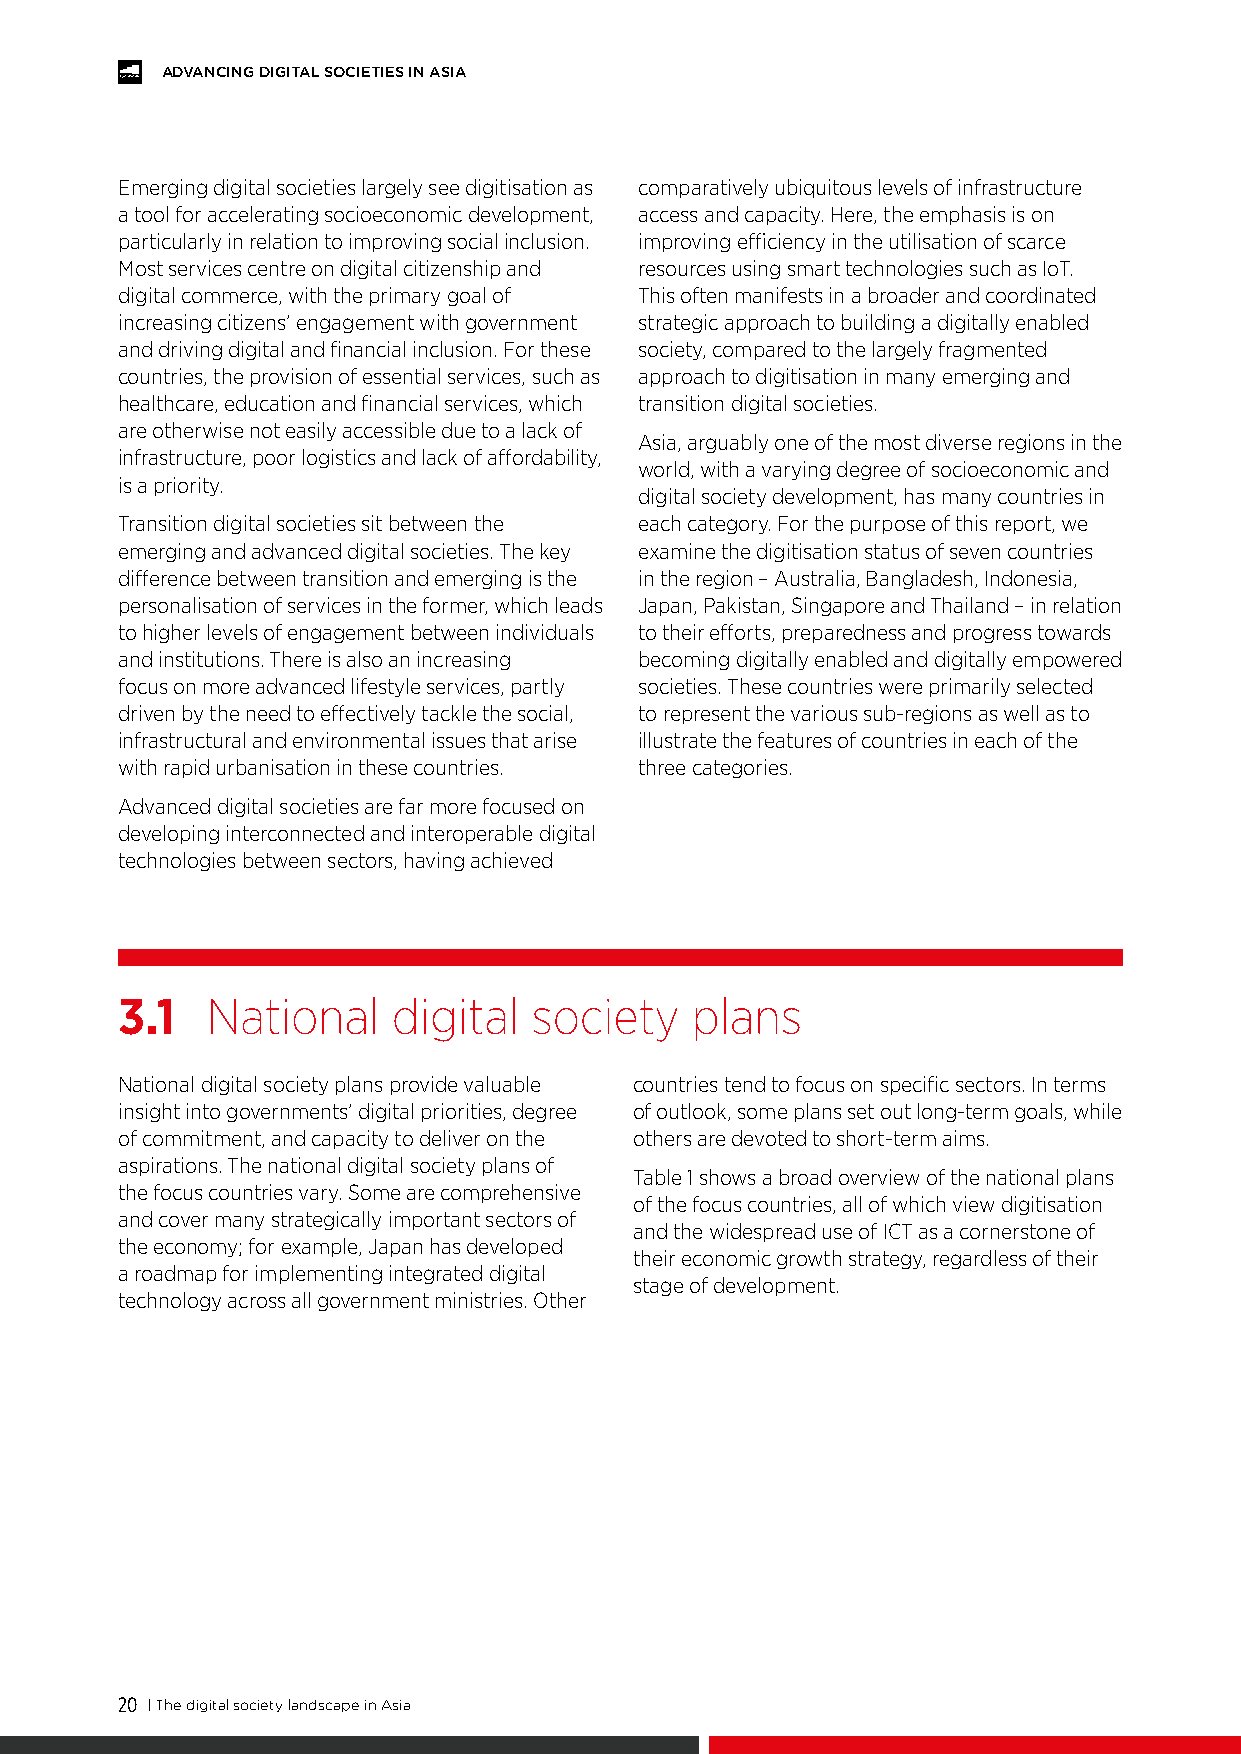
ADVANCING DIGITAL SOCIETIES IN ASIA
 Emerging digital societies largely see digitisation as comparatively ubiquitous levels of infrastructure
 a tool for accelerating socioeconomic development, access and capacity. Here, the emphasis is on
 particularly in relation to improving social inclusion. improving efficiency in the utilisation of scarce
 Most services centre on digital citizenship and resources using smart technologies such as IoT.
 digital commerce, with the primary goal of This often manifests in a broader and coordinated
 increasing citizens’ engagement with government strategic approach to building a digitally enabled
 and driving digital and financial inclusion. For these society, compared to the largely fragmented
 countries, the provision of essential services, such as approach to digitisation in many emerging and
 healthcare, education and financial services, which transition digital societies.
 are otherwise not easily accessible due to a lack of
 Asia, arguably one of the most diverse regions in the
 infrastructure, poor logistics and lack of affordability,
 world, with a varying degree of socioeconomic and
 is a priority.
 digital society development, has many countries in
 Transition digital societies sit between the each category. For the purpose of this report, we
 emerging and advanced digital societies. The key examine the digitisation status of seven countries
 difference between transition and emerging is the in the region – Australia, Bangladesh, Indonesia,
 personalisation of services in the former, which leads Japan, Pakistan, Singapore and Thailand – in relation
 to higher levels of engagement between individuals to their efforts, preparedness and progress towards
 and institutions. There is also an increasing becoming digitally enabled and digitally empowered
 focus on more advanced lifestyle services, partly societies. These countries were primarily selected
 driven by the need to effectively tackle the social, to represent the various sub-regions as well as to
 infrastructural and environmental issues that arise illustrate the features of countries in each of the
 with rapid urbanisation in these countries. three categories.
 Advanced digital societies are far more focused on
 developing interconnected and interoperable digital
 technologies between sectors, having achieved
 3.1   National    digital  society    plans
 National digital society plans provide valuable countries tend to focus on specific sectors. In terms
 insight into governments’ digital priorities, degree of outlook, some plans set out long-term goals, while
 of commitment, and capacity to deliver on the others are devoted to short-term aims.
 aspirations. The national digital society plans of
 Table 1 shows a broad overview of the national plans
 the focus countries vary. Some are comprehensive
 of the focus countries, all of which view digitisation
 and cover many strategically important sectors of
 and the widespread use of ICT as a cornerstone of
 the economy; for example, Japan has developed
 their economic growth strategy, regardless of their
 a roadmap for implementing integrated digital
 stage of development.
 technology across all government ministries. Other
 20 | The digital society landscape in Asia